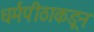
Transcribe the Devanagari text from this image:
धर्मपीठाकडून